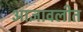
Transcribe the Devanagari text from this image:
आज्ञावलीत